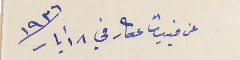
عن فبيات عكار في ١٨ أيار سنة ١٩٣٦